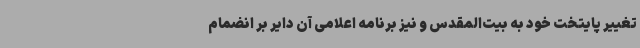
تغییر پایتخت خود به بیت‌المقدس و نیز برنامه اعلامی آن دایر بر انضمام